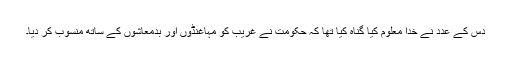
دس کے عدد نے خدا معلوم کیا گناہ کیا تھا کہ حکومت نے غریب کو مہاغنڈوں اور بدمعاشوں کے ساتھ منسوب کر دیا۔